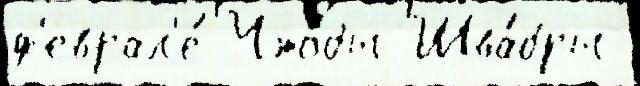
ф'еврал'е́ Что́бы Шва́бры